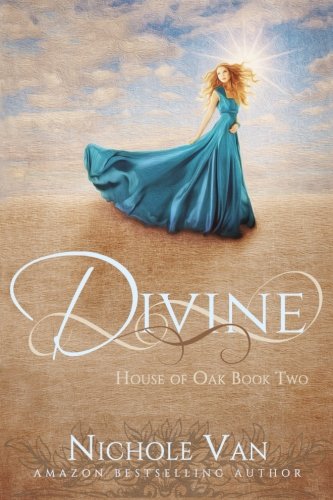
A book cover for Divine (House of Oak) (Volume 2); Nichole Van; Romance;